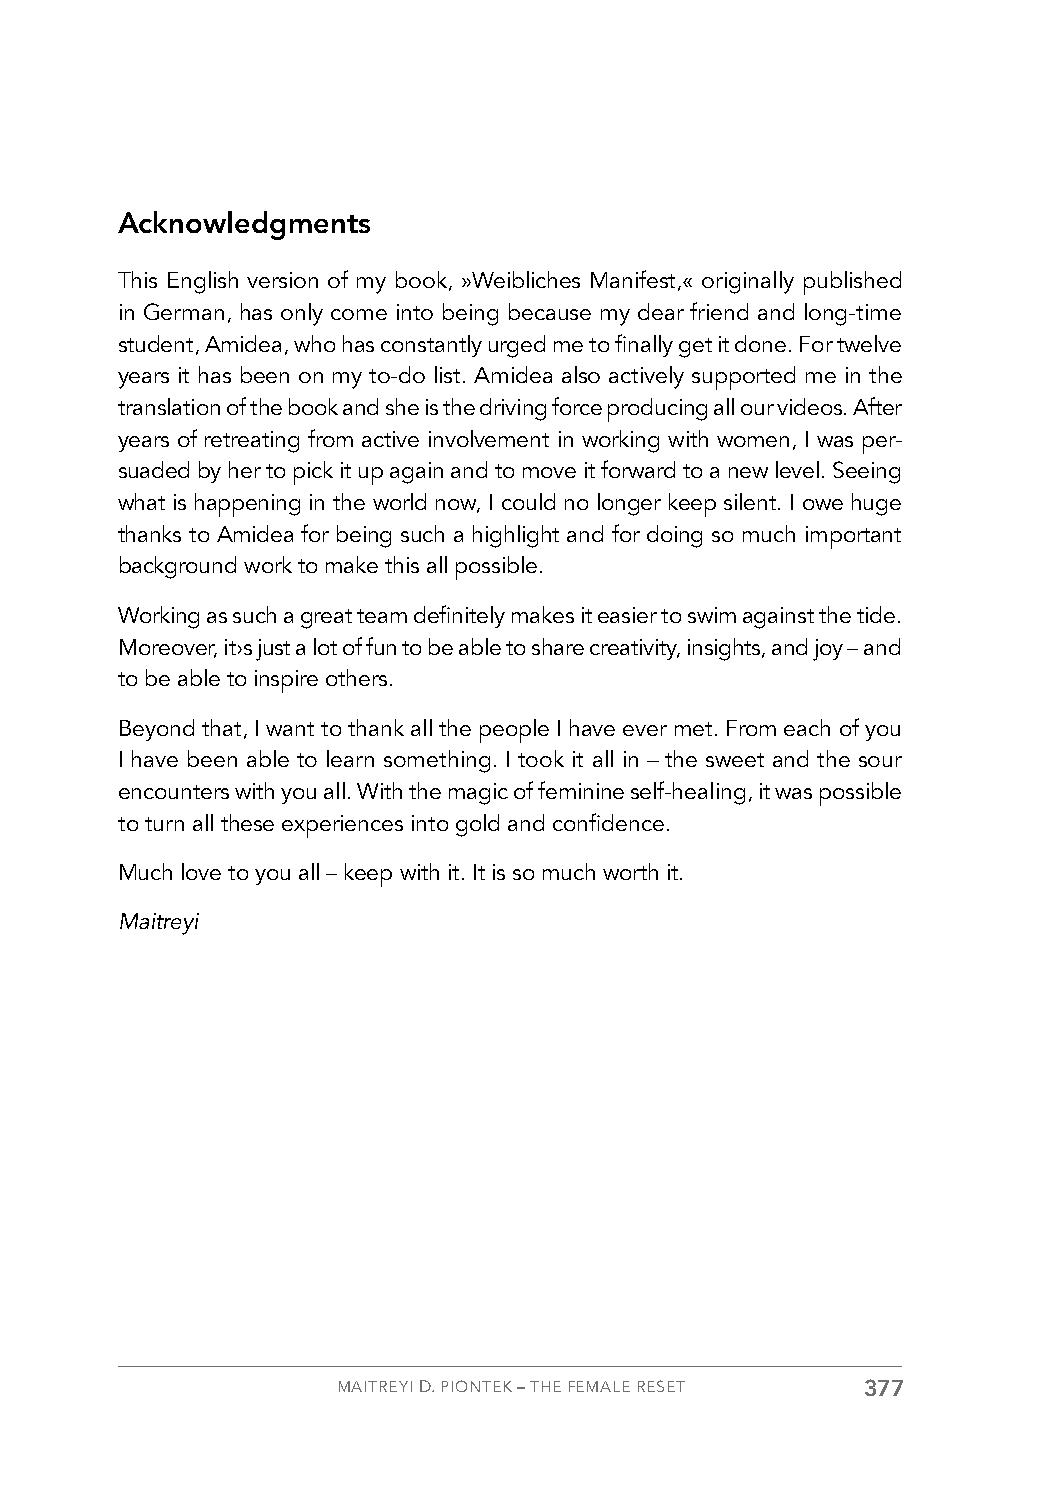
Acknowledgments
 This English version of my book, »Weibliches Manifest,« originally published
 in German, has only come into being because my dear friend and long-time
 student, Amidea, who has constantly urged me to finally get it done. For twelve
 years it has been on my to-do list. Amidea also actively supported me in the
 translation of the book and she is the driving force producing all our videos. After
 years of retreating from active involvement in working with women, I was per-
 suaded by her to pick it up again and to move it forward to a new level. Seeing
 what is happening in the world now, I could no longer keep silent. I owe huge
 thanks to Amidea for being such a highlight and for doing so much important
 background work to make this all possible.
 Working as such a great team definitely makes it easier to swim against the tide.
 Moreover, it›s just a lot of fun to be able to share creativity, insights, and joy – and
 to be able to inspire others.
 Beyond that, I want to thank all the people I have ever met. From each of you
 I have been able to learn something. I took it all in – the sweet and the sour
 encounters with you all. With the magic of feminine self-healing, it was possible
 to turn all these experiences into gold and confidence.
 Much love to you all – keep with it. It is so much worth it.
 Maitreyi
 MAITREYI D. PIONTEK – THE FEMALE RESET 377